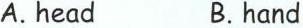
A.head B.hand